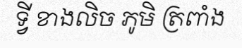
ទ្វី ខាងលិច ភូមិ ត្រពាំង